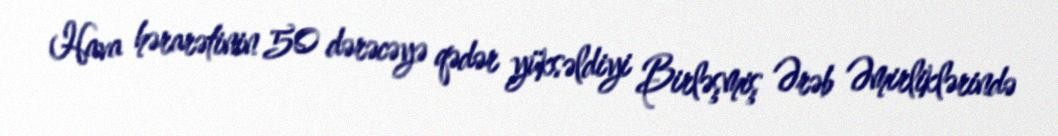
Hava hərarətinin 50 dərəcəyə qədər yüksəldiyi Birləşmiş Ərəb Əmirliklərində